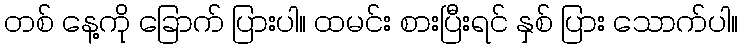
တစ် နေ့ကို ခြောက် ပြားပါ။ ထမင်း စားပြီးရင် နှစ် ပြား သောက်ပါ။